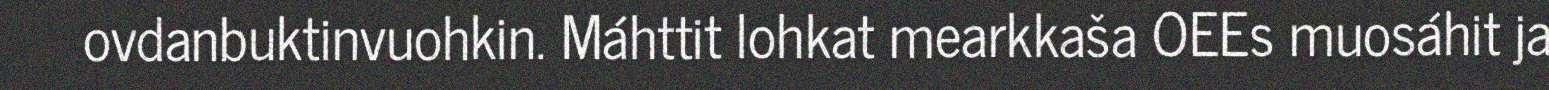
ovdanbuktinvuohkin. Máhttit lohkat mearkkaša OEEs muosáhit ja